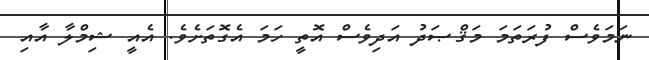
ނަމަވެސް ފުރަތަމަ މަޤްޞަދު އަދިވެސް އޮތީ ހަމަ އެގޮތަށެވެ. އެއީ ޝިމްލާ އާއި